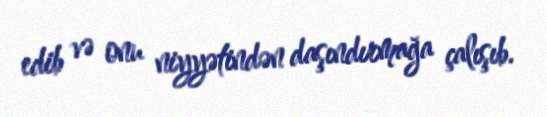
edib və onu niyyətindən daşındırmağa çalışıb.